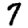
Digit: 7